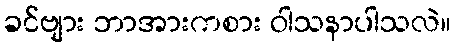
ခင်ဗျား ဘာအားကစား ဝါသနာပါသလဲ။